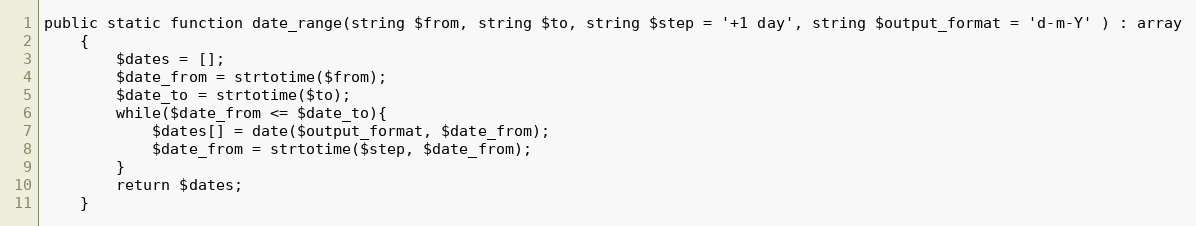
Language: PHP
public static function date_range(string $from, string $to, string $step = '+1 day', string $output_format = 'd-m-Y' ) : array
    {
        $dates = [];
        $date_from = strtotime($from);
        $date_to = strtotime($to);
        while($date_from <= $date_to){
            $dates[] = date($output_format, $date_from);
            $date_from = strtotime($step, $date_from);
        }
        return $dates;
    }